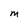
Character: M